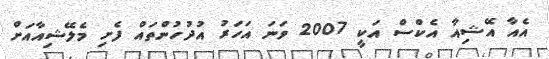
އެއާ އޭޝިއާ އެކްސް އަކީ 2007 ވަނަ އަހަރު އުދުހުންތައް ފެށި މެލޭޝިއާއަށް